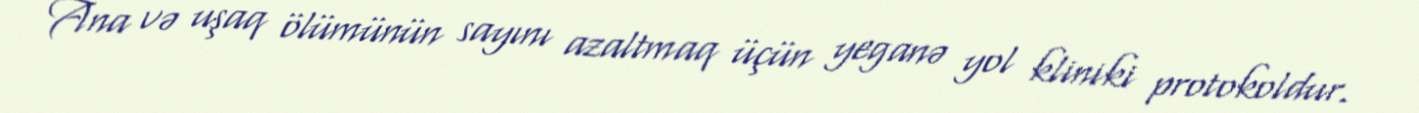
Ana və uşaq ölümünün sayını azaltmaq üçün yeganə yol kliniki protokoldur.